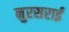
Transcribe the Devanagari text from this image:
नुरसराई